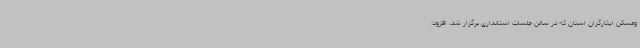
ومسکن ایثارگران استان که در سالن جلسات استانداری برگزار شد، افزود: